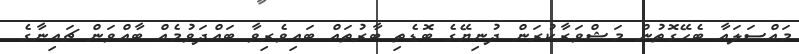
މައްސަލައާ ބެހޭގޮތުން މަޝްވަރާކުރަން ދުނިޔޭގެ ބޮޑެތި ބާރުތައް ބައިވެރިވާ ބައްދަވުމެއް ބާއްވަން ޗައިނާގެ